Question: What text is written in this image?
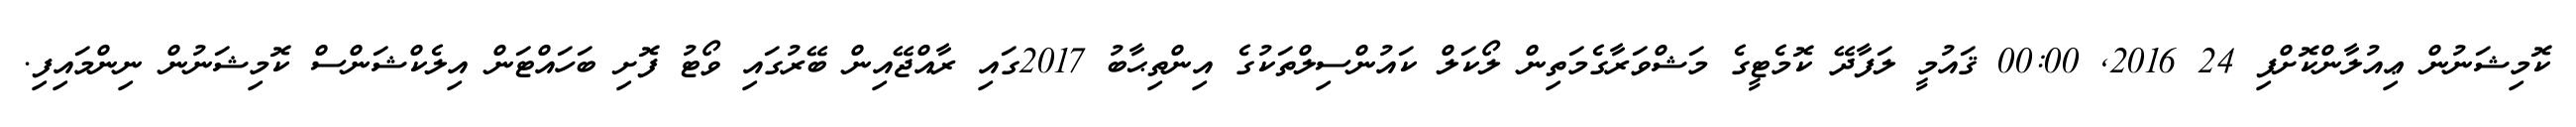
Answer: ކޮމިޝަނުން ޢިއުލާންކޮށްފި 24 2016, 00:00 ޤައުމީ ލަފާދޭ ކޮމެޓީގެ މަޝްވަރާގެމަތިން ލޯކަލް ކައުންސިލްތަކުގެ އިންތިޙާބު 2017ގައި ރާއްޖޭއިން ބޭރުގައި ވޯޓު ފޮށި ބަހައްޓަން އިލެކްޝަންސް ކޮމިޝަނުން ނިންމައިފި.